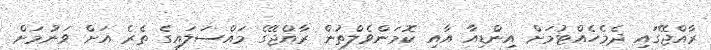
ރާއްޖޭގައި ދެމެހެއްޓުމަށް އިންޑިއާ އާއި ކޮމަންވެލްތުން ރާއްޖޭގެ މައްސަލައިގެ ތެރެ އަށް ވަނުމަށް